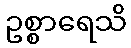
ဥစ္စာရေသိ